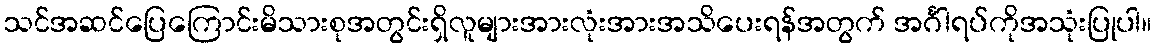
သင်အဆင်ပြေကြောင်းမိသားစုအတွင်းရှိလူများအားလုံးအားအသိပေးရန်အတွက် အင်္ဂါရပ်ကိုအသုံးပြုပါ။